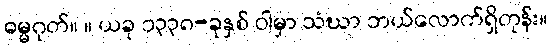
ဓမ္မဂုတ်။ ။ ယခု ၁၃၃၈-ခုနှစ် ဝါမှာ သံဃာ ဘယ်လောက်ရှိတုန်း။